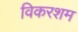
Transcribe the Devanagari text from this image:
विकरशम